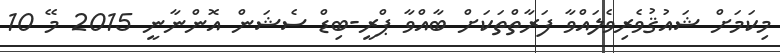
މިކަމަށް ޝައުޤުވެރިވެލައްވާ ފަރާތްތަކަށް ބާއްވާ ޕްރީ-ބިޑް ސެޝަން އޮންނާނީ 2015 މޭ 10